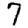
Digit: 7